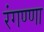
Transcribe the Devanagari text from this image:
रंगण्णा